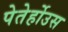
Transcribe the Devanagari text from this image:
पेतेर्होउस